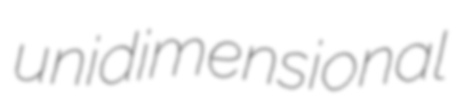
unidimensional